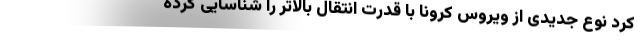
کرد نوع جدیدی از ویروس کرونا با قدرت انتقال بالاتر را شناسایی کرده